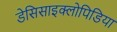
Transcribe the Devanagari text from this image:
डेसिसाइक्लोपिडिया